Lunatic asylums Punjab 1895-1910 - 1895-1910
Year: 1895
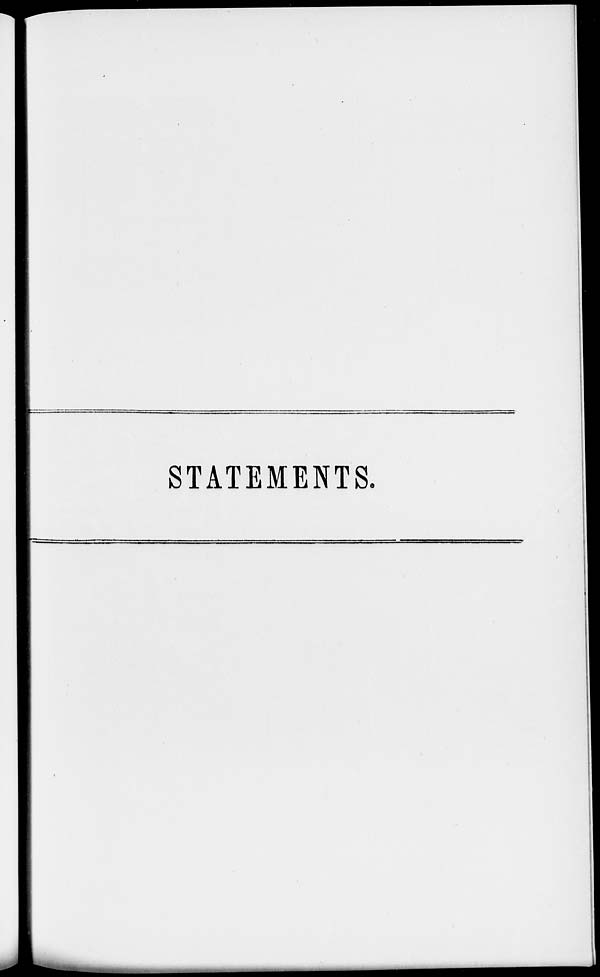
STATEMENTS.